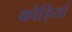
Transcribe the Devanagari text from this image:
कोड़ियां